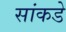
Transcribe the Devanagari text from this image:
सांकडे